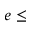
e \leq